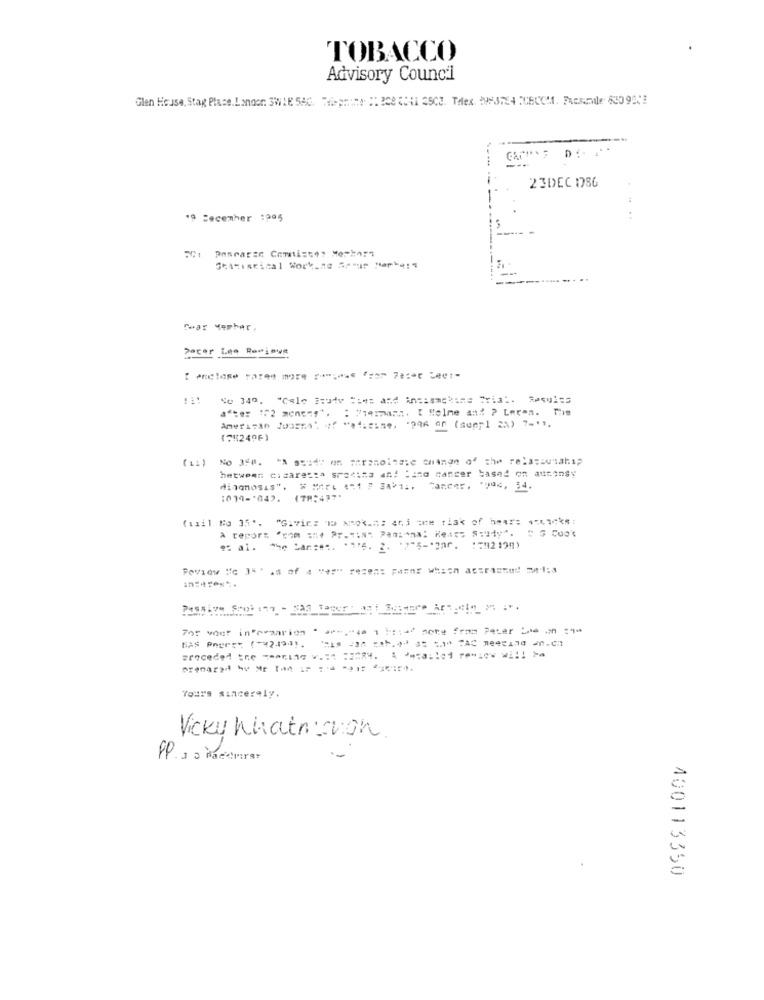
TOBACCO
Advisory Council
Glen House, Stap Plase. London SWXE 5A6, Respmine :: 208 41 3C. Telex, 29374 X5CCM1. Facsimile 63098:3
---
----
23DEC 1786
19 Secemher :995
Gear Mester,
No 349. "Cele jcute ==== and Ansismetime Trial. Results
. : 714mann. [ Holme and ? Leren. The
(752496)
hetween: cisaresta sretina an! "ano canger based on atttonsy
diagnosis". # MEL #1 7 34211. Cancer. "puc, 54.
:019-'04). (78:437.
(11il Mo 35 *. "G:vin: 1 A201 .: 443 2 11a< of 5⑈4: 4541c;
et al. the Car:en. :. 75. 2. "7"5-"par. : 512 190)
For voer in"eraarion * **-,- 4e 1 :::: 44 sete from Peter _ _ n :**
Yours sincerely.
Vicky Whatnisvon.
PP. 1 a Hacerat
400113350